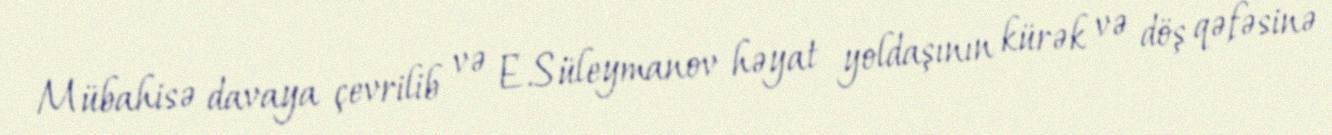
Mübahisə davaya çevrilib və E.Süleymanov həyat yoldaşının kürək və döş qəfəsinə